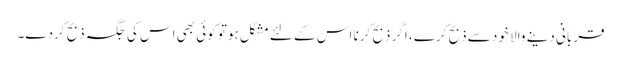
قربانی دینے والا خود سے ذبح کرے ، اگر ذبح کرنا اس کے لئے مشکل ہوتو کوئی بھی اس کی جگہ ذبح کردے۔